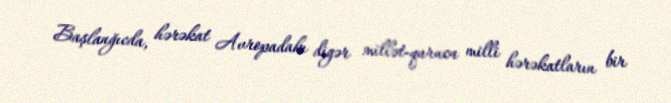
Başlanğıcda, hərəkat Avropadakı digər millət-qurucu milli hərəkatların bir